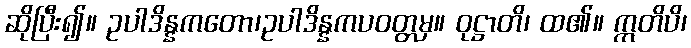
ဆိုပြီး၍။ ဥပါဒိန္နကတော၊ဥပါဒိန္နကပဝတ္တမှ။ ဝုဋ္ဌာတိ၊ ထ၏။ ဣတိပိ၊